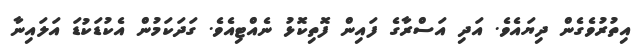
އިތުރުވެގެން ދިޔައެވެ. އަދި އަސްރާގެ ފައިން ފޮތިކޮޅު ނެއްޓިއެވެ. ގަދަކަމުން އެކުޑަކުޑަ އަލައިނާ